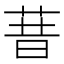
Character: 𰱏